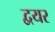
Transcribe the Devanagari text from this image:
द्वयर